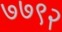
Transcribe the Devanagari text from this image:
७७९२